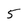
Character: 5